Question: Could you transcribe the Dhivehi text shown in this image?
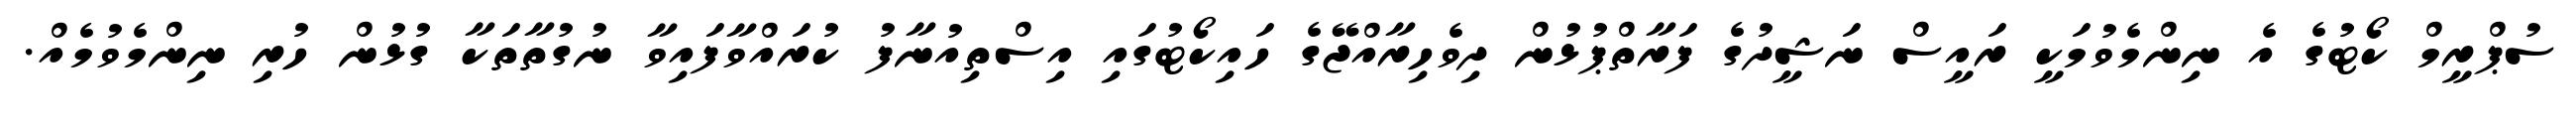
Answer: ސުޕްރީމް ކޯޓުގެ އެ ނިންމެވުމަކީ ރައީސް ނަޝީދުގެ ފަރާތްޕުޅުން ދިވެހިރާއްޖޭގެ ހައިކޯޓުގައި އިސްތިއުނާފު ކުރައްވާފައިވާ ނުގުތާތަކާ ގުޅުން ހުރި ނިންމެވުމެއް.